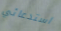
استدعائي